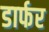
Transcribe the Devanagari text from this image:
डार्फर